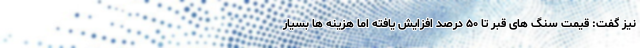
نیز گفت: قیمت سنگ های قبر تا ۵۰ درصد افزایش یافته اما هزینه ها بسیار